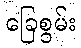
ခြေစွမ်း